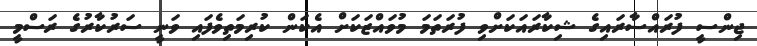
ޖިންސީ ފުރައްސާރައިގެ ޝިކާރައަކަށްވި ފުރަތަމަ މުވައްޒަކަށް އެކަން ކުރިމަތިވެފައި ވަނީ ސަރުކާރުގެ ރަސްމީ